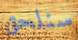
سنلحق